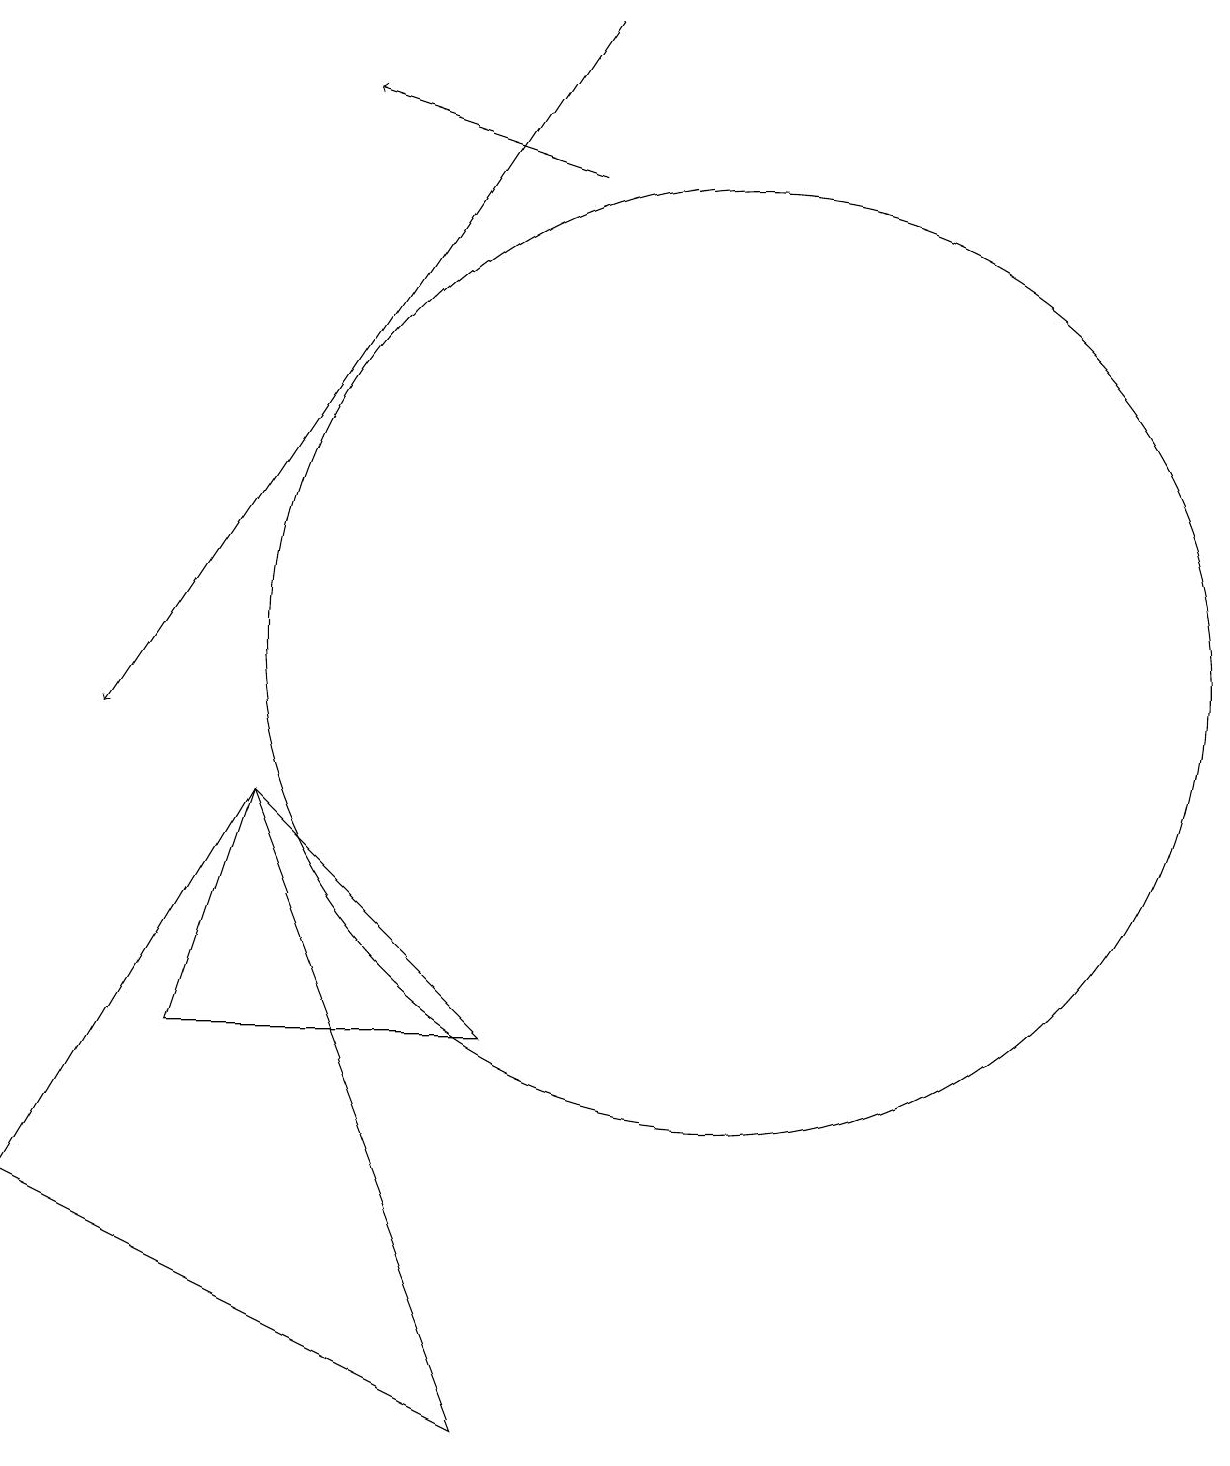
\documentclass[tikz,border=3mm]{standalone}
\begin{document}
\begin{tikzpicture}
\draw (1,4) -- (4,9) -- (7,1) -- cycle;
\draw[->] (8,19) -- (2,10);
\draw[->] (8,17) -- (5,18);
\draw (10,11) circle (6);
\draw (7,6) -- (3,6) -- (4,9) -- cycle;
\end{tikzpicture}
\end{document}